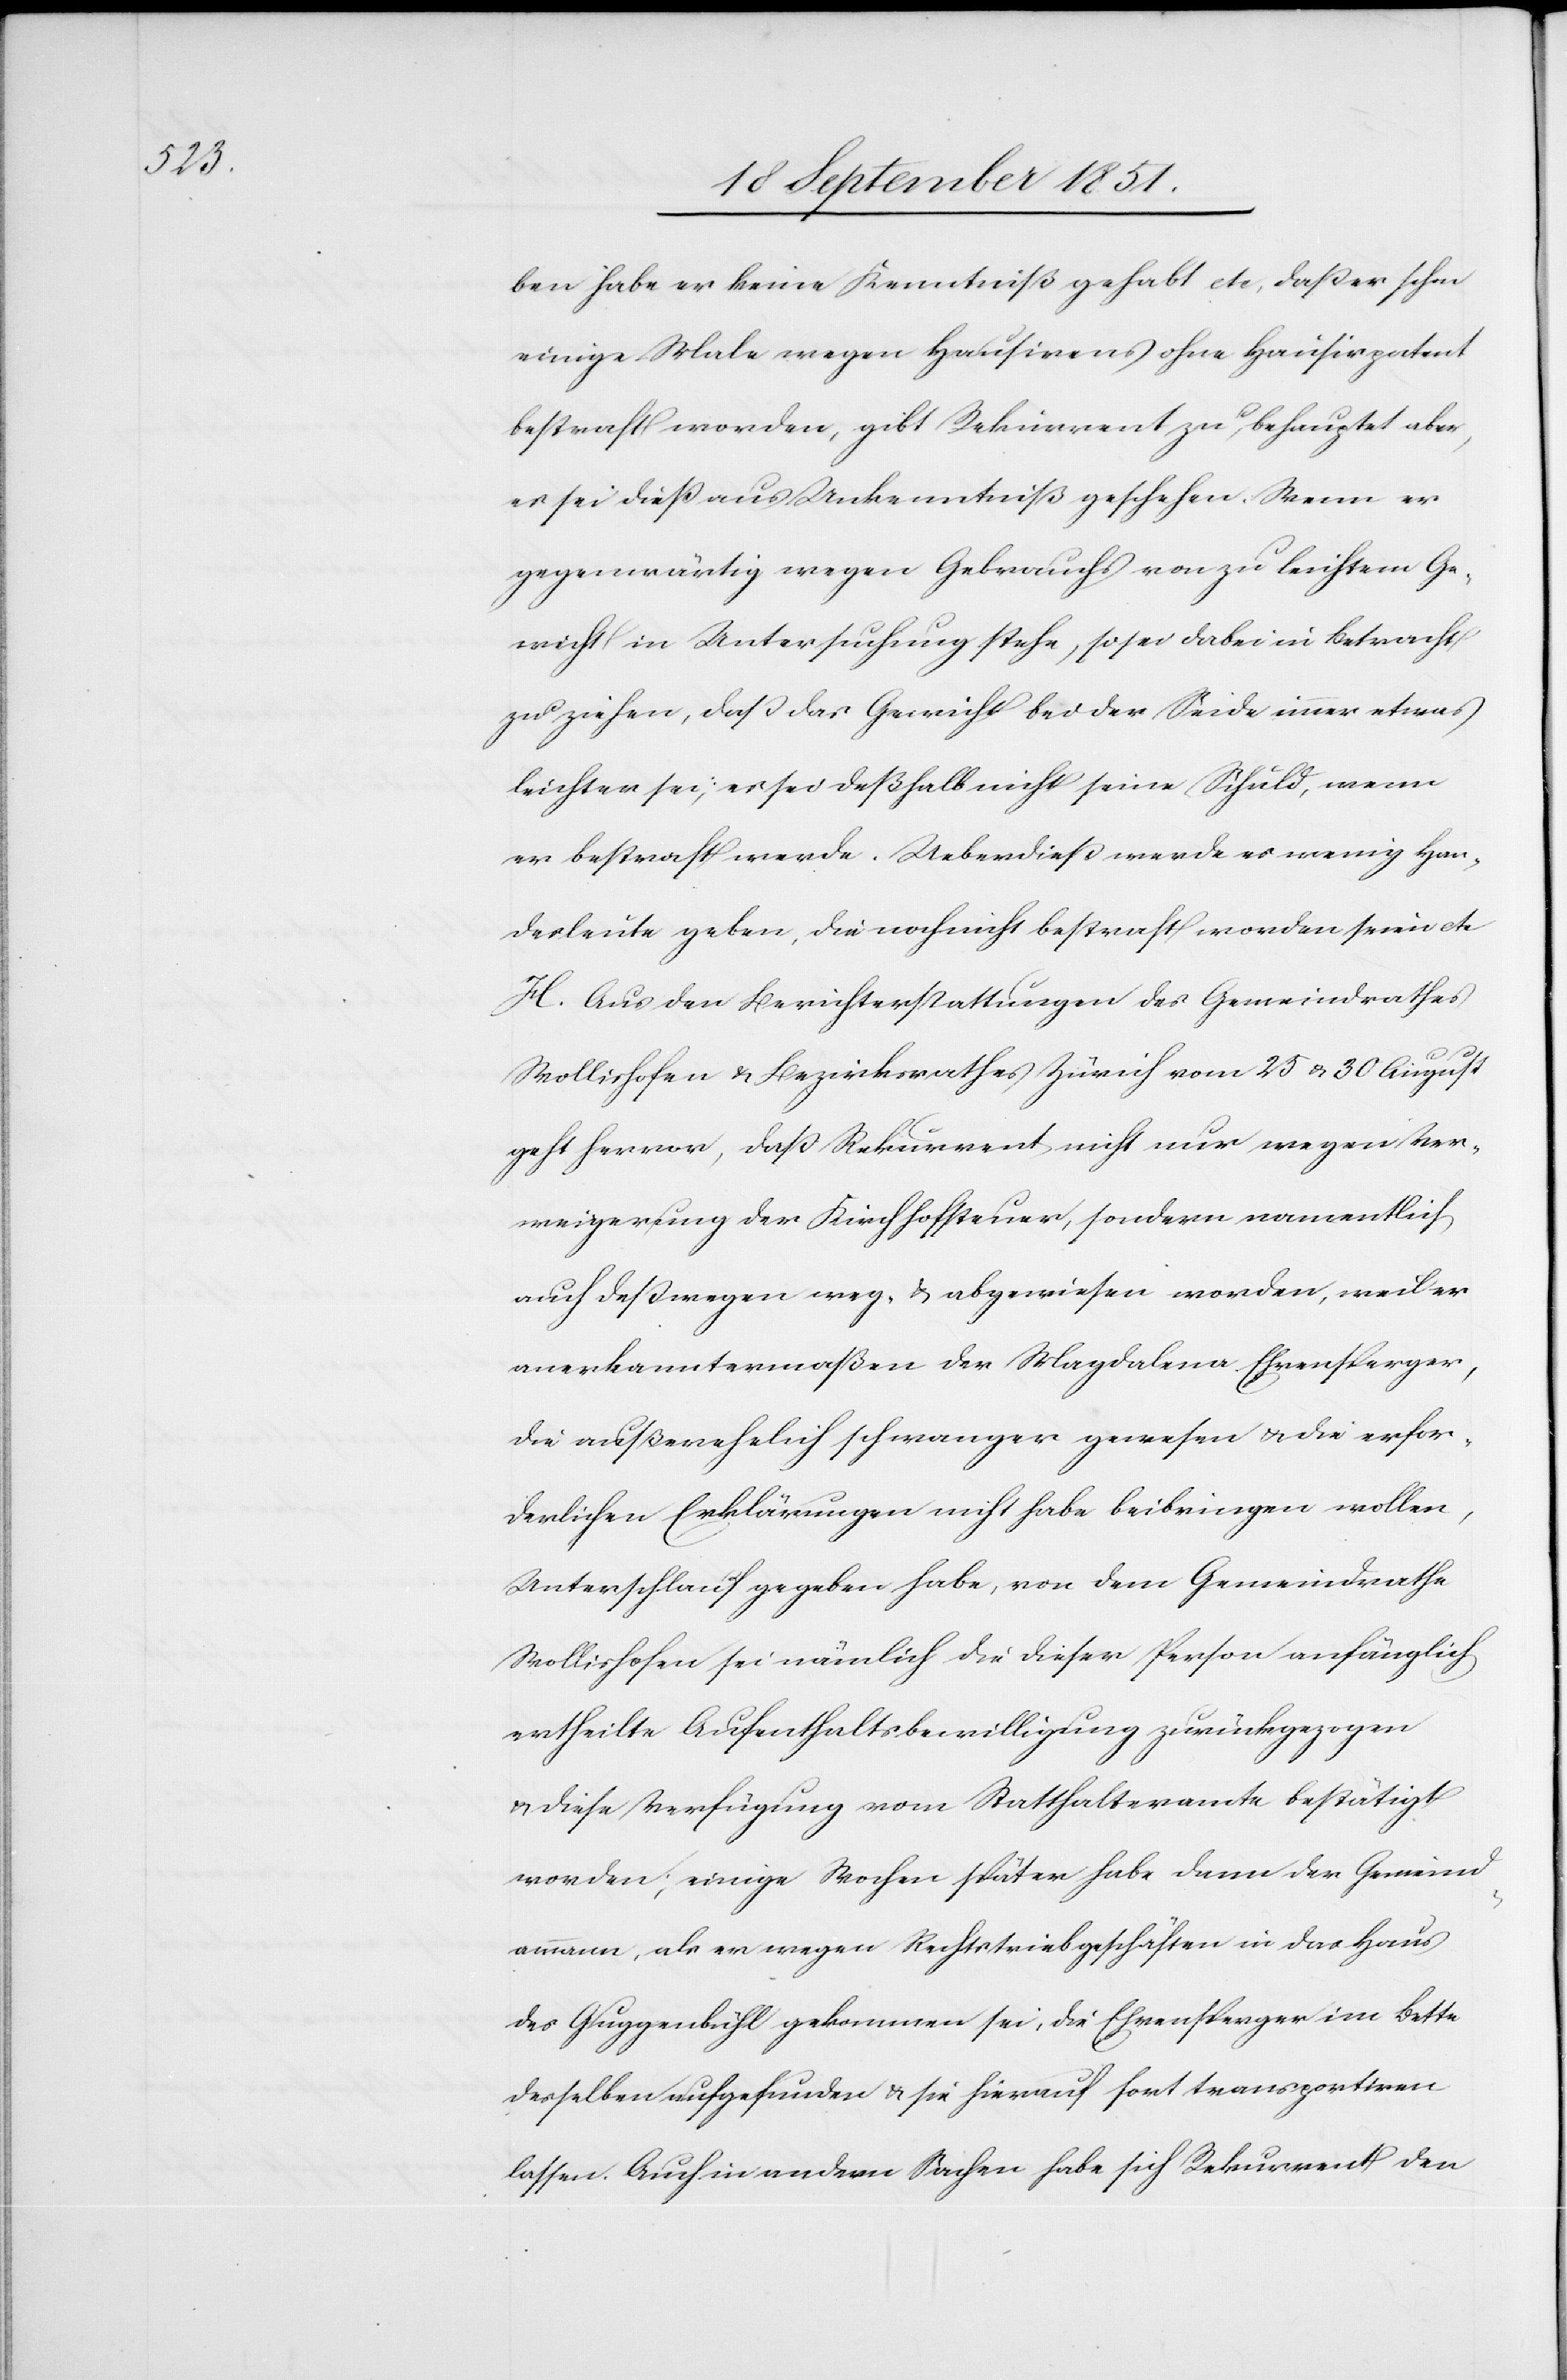
ben habe er keine Kenntniß gehabt etc, daß er schon
einige Male wegen Hausirens ohne Hausirpatent
bestraft worden, gibt Rekurrent zu, behauptet aber,
es sei dieß aus Unkenntniß geschehen. Wenn er
gegenwärtig wegen Gebrauchs von zu leichtem Ge¬
wicht in Untersuchung stehe, so sei dabei in Betracht
zu ziehen, daß das Gewicht bei der Seide immer etwas
leichter sei; es sei deßhalb nicht seine Schuld, wenn
er bestraft werde. Ueberdieß werde es wenig Han¬
de[l]sleute geben, die noch nicht bestraft worden seien etc
H. Aus den Berichterstattungen des Gemeindrathes
Wollishofen & Bezirksrathes Zürich vom 25 & 30 August
geht hervor, daß Rekurrent nicht nur wegen Ver¬
weigerung der Kirchhofsteuer, sondern namentlich
auch deßwegen weg- & abgewiesen worden, weil er
anerkanntermaßen der Magdalena Ehrensperger,
die außerehelich schwanger gewesen & die erfor¬
derlichen Erklärungen nicht habe beibringen wollen,
Unterschlauf gegeben habe, von dem Gemeindrathe
Wollishofen sei nämlich die dieser Person anfänglich
ertheilte Aufenthaltsbewilligung zurückgezogen
& diese Verfügung vom Statthalteramte bestätigt
worden; einige Wochen später habe dann der Gemeind¬
ammann, als er wegen Rechtstriebgeschäften in das Haus
des Guggenbühl gekommen sei, die Ehrensperger im Bette
desselben aufgefunden & sie hierauf fort transportiren
lassen. Auch in andern Sachen habe sich Rekurrent den